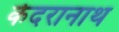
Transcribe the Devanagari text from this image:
केदरानाथ